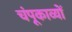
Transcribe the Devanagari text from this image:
चंपूकाव्यों